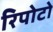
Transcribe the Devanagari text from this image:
रिपोटो